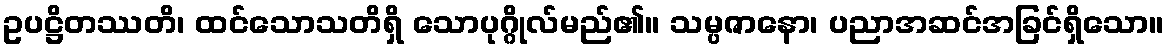
ဥပဋ္ဌိတဿတိ၊ ထင်သောသတိရှိ သောပုဂ္ဂိုလ်မည်၏။ သမ္ပဇာနော၊ ပညာအဆင်အခြင်ရှိသော။